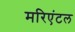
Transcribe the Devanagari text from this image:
मरिएंटल